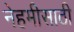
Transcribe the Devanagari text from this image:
नेहमीसाठी